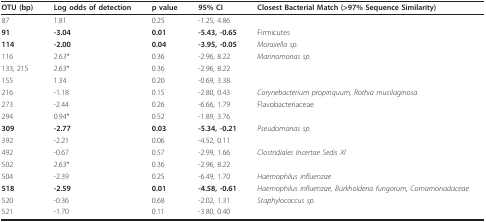
| OTU (bp) | Log odds of detection | p value | 95% CI | Closest Bacterial Match (>97% Sequence Similarity) |
 | --- | --- | --- | --- | --- |
 | 87 | 1.81 | 0.25 | -1.25, 4.86 |  |
 | 91 | -3.04 | 0.01 | -5.43, -0.65 | Firmicutes |
 | 114 | -2.00 | 0.04 | -3.95, -0.05 | Moraxella sp. |
 | 116 | 2.63* | 0.36 | -2.96, 8.22 | Marinomonas sp. |
 | 133, 215 | 2.63* | 0.36 | -2.96, 8.22 |  |
 | 155 | 1.34 | 0.20 | -0.69, 3.38 |  |
 | 216 | -1.18 | 0.15 | -2.80, 0.43 | Corynebacterium propinquum, Rothia mucilaginosa |
 | 273 | -2.44 | 0.26 | -6.66, 1.79 | Flavobacteriaceae |
 | 294 | 0.94* | 0.52 | -1.89, 3.76 |  |
 | 309 | -2.77 | 0.03 | -5.34, -0.21 | Pseudomonas sp. |
 | 392 | -2.21 | 0.06 | -4.52, 0.11 |  |
 | 492 | -0.67 | 0.57 | -2.99, 1.66 | Clostridiales Incertae Sedis XI |
 | 502 | 2.63* | 0.36 | -2.96, 8.22 |  |
 | 504 | -2.39 | 0.25 | -6.49, 1.70 | Haemophilus influenzae |
 | 518 | -2.59 | 0.01 | -4.58, -0.61 | Haemophilus influenzae, Burkholderia fungorum, Comamonadaceae |
 | 520 | -0.36 | 0.68 | -2.02, 1.31 | Staphylococcus sp. |
 | 521 | -1.70 | 0.11 | -3.80, 0.40 |  |